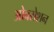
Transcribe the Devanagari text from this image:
ओबसेशन